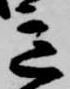
意